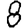
Digit: 8